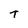
Character: t